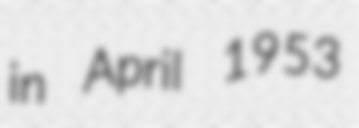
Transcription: in April 1953